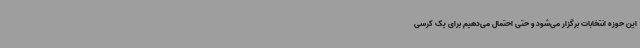
این حوزه انتخابات برگزار می‌شود و حتی احتمال می‌دهیم برای یک کرسی